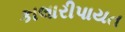
કાલારીપાયત